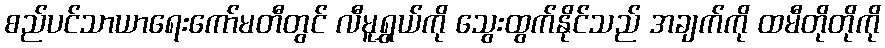
စည်ပင်သာယာရေးကော်မတီတွင် လီမူရွှယ်ကို သွေးထွက်နိုင်သည် အချက်ကို ထမီတိုတိုကို